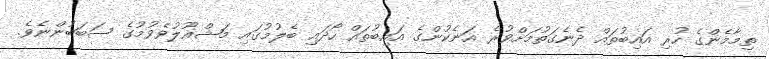
ތިމާމެންގެ ހުރި އައިބުތައް ދެނެގަތުމަށްވުރެ އަނެކުންގެ އައިބުތައް ހޯދައި ބެލުމުގައި މަޝްޣޫލުވެވުމުގެ ސަބަބުންނެވެ.